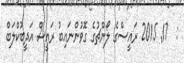
:  17